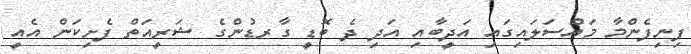
ފިނިފެންމާ މައްސަލައިގައި އަދީބާއި އަދި ދެ ބޮޑީ ގާރޑުންގެ ޝަރީއަތް ފެށިކަން އެއީ